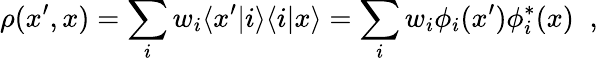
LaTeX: \rho(x^{\prime},x)=\sum_{i}w_{i}\langle x^{\prime}|i\rangle\langle i|x\rangle=\sum_{i}w_{i}\phi_{i}(x^{\prime})\phi_{i}^{\ast}(x)\; \; ,